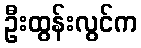
ဦးထွန်းလွင်က